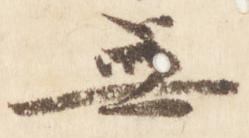
無